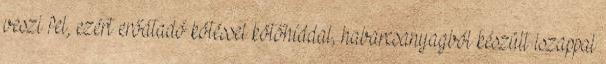
veszi fel, ezért erőátadó kötéssel kötőhíddal, habarcsanyagból készült iszappal